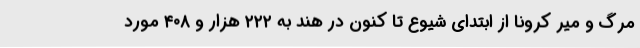
مرگ و میر کرونا از ابتدای شیوع تا کنون در هند به ۲۲۲ هزار و ۴۰۸ مورد